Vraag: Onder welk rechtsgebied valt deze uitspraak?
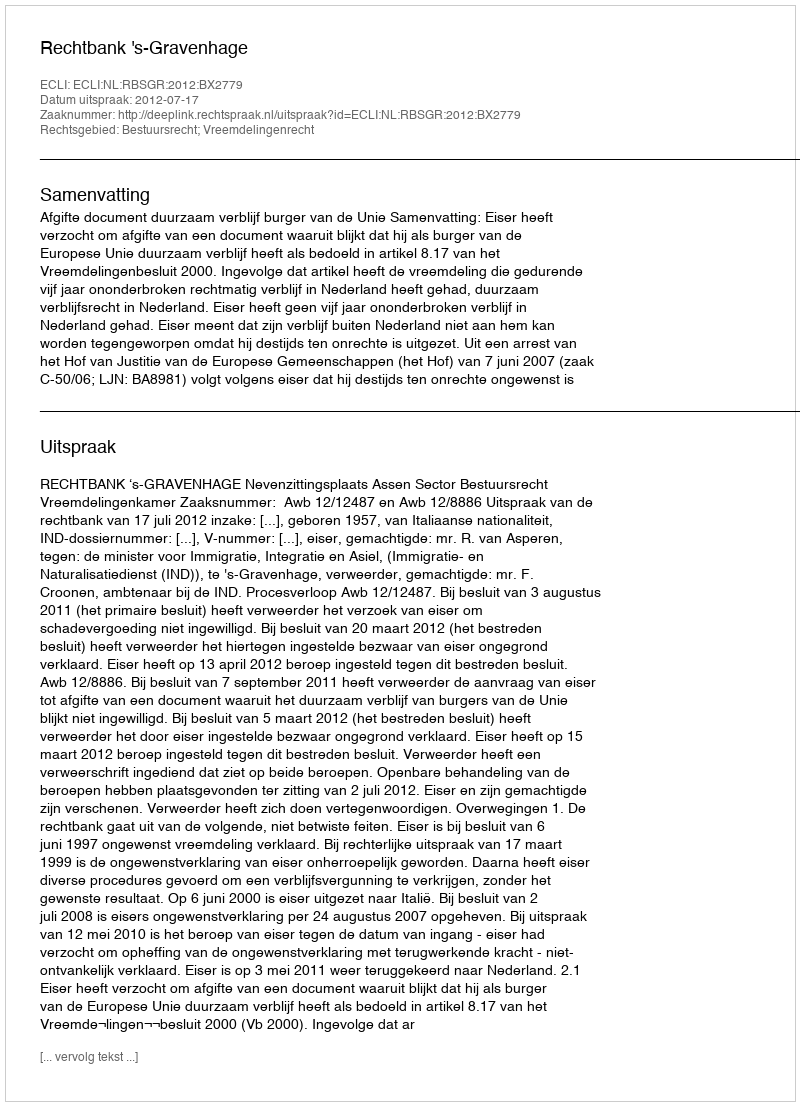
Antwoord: Bestuursrecht; Vreemdelingenrecht